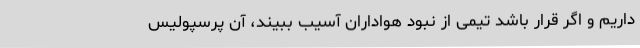
داریم و اگر قرار باشد تیمی از نبود هواداران آسیب ببیند، آن پرسپولیس